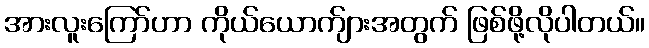
အားလူးကြော်ဟာ ကိုယ်ယောက်ျားအတွက် ဖြစ်ဖို့လိုပါတယ်။